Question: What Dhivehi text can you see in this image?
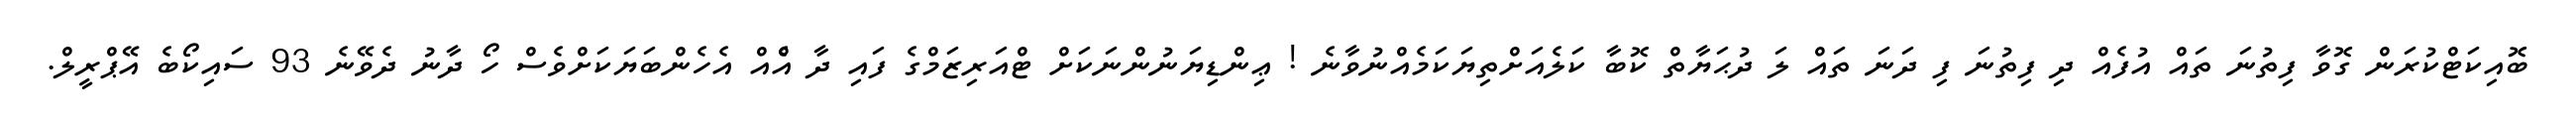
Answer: ބޮއިކަޓްކުރަން ގޮވާ ފިތުނަ ތައް އުފެއް ދި ފިތުނަ ފި ދަނަ ތައް ލަ ދުޙަޔާތް ކޮބާ ކަލެއަށްތިޔަކަމެއްނުވާނެ ! ޢިންޑިޔަނުންނަކަށް ޓްއަރިޒަމްގެ ފައި ދާ އެްއް އެހެންބަޔަކަށްވެސް ހޯ ދާނު ދެވޭނެ 93 ސައިކޯބެ އޭޕްރީލް.